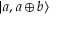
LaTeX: | a , a \oplus b \rangle